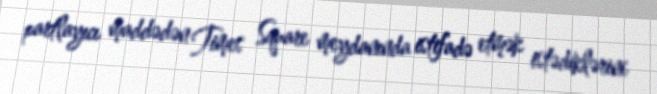
partlayıcı maddədən Times Square meydanında istifadə etmək istədiklərini